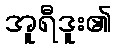
အူရီဒူး၏